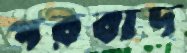
পরবাদ